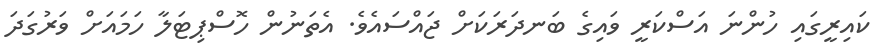
ކައިރީގައި ހުންނަ އަސްކަރީ ވައިގެ ބަނދަރަކަށް ޖައްސައެވެ. އެތަނުން ހޮސްޕިޓަލާ ހަމައަށް ވަރުގަދަ